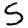
Digit: 5